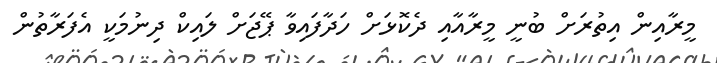
މީރާއިން އިތުރަށް ބުނީ މީރާއާއި ދެކޮޅަށް ހަދާފައިވާ ޕޭޖަށް ލައިކް ދިނުމަކީ އެފަރާތުން